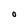
Character: 0